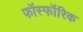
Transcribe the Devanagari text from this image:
फॉस्फॉरिक